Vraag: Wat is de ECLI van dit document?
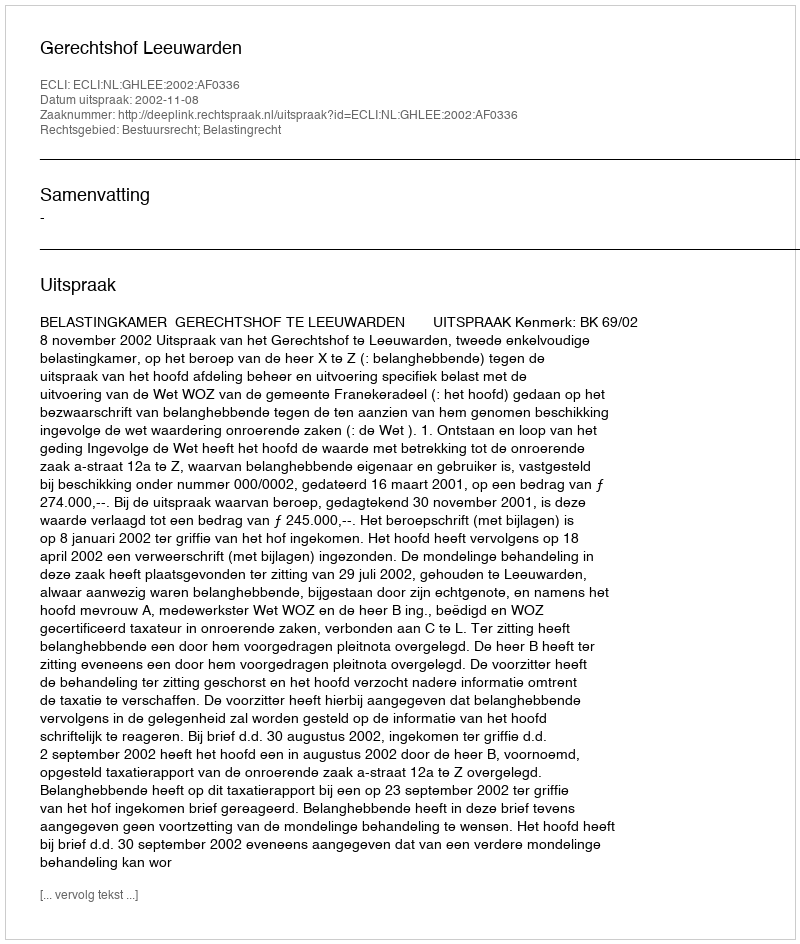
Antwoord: ECLI:NL:GHLEE:2002:AF0336